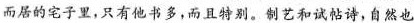
而居的宅子里，只有他书多，而且特别。制艺和试帖诗，自然也